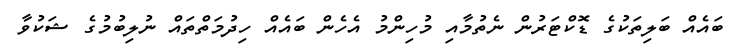
ބައެއް ބަލިތަކުގެ ޑޮކްޓަރުން ނެތުމާއި މުހިންމު އެހެން ބައެއް ހިދުމަތްތައް ނުލިބުމުގެ ޝަކުވާ